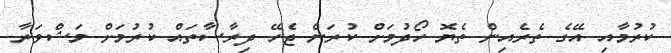
ކުރުމާއި އޭގެ ތެރެއިން ތެޔޮ ހޯދުމަށް ކުރަން ޖެހޭ ދިރާސާތައް ކުރުމަށް މަޝްވަރާ